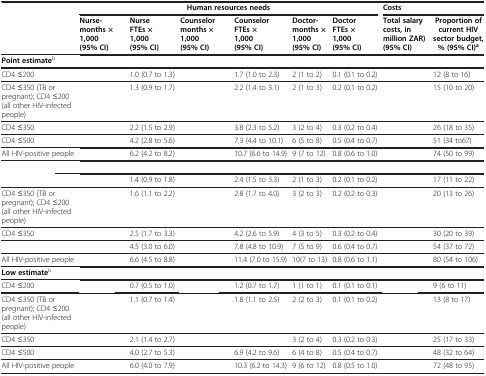
<table><thead><tr><td rowspan="2">[EMPTY_CELL]</td><td colspan="6"><b>Human resources needs</b></td><td colspan="2"><b>Costs</b></td></tr><tr><td><b>Nurse- months × 1,000 (95% CI)</b></td><td><b>Nurse FTEs × 1,000 (95% CI)</b></td><td><b>Counselor months × 1,000 (95% CI)</b></td><td><b>Counselor FTEs × 1,000 (95% CI)</b></td><td><b>Doctor- months × 1,000 (95% CI)</b></td><td><b>Doctor FTEs × 1,000 (95% CI)</b></td><td><b>Total salary costs, in million ZAR) (95% CI)</b></td><td><b>Proportion of current HIV sector budget, % (95% CI)<sup>a</sup></b></td></tr></thead><tbody><tr><td><b>Point estimate</b><sup>b</sup></td><td>[EMPTY_CELL]</td><td>[EMPTY_CELL]</td><td>[EMPTY_CELL]</td><td>[EMPTY_CELL]</td><td>[EMPTY_CELL]</td><td>[EMPTY_CELL]</td><td>[EMPTY_CELL]</td><td>[EMPTY_CELL]</td></tr><tr><td>CD4 ≤200</td><td>[EMPTY_CELL]</td><td>1.0 (0.7 to 1.3)</td><td>[EMPTY_CELL]</td><td>1.7 (1.0 to 2.3)</td><td>2 (1 to 2)</td><td>0.1 (0.1 to 0.2)</td><td>[EMPTY_CELL]</td><td>12 (8 to 16)</td></tr><tr><td>CD4 ≤350 (TB or pregnant); CD4 ≤200 (all other HIV-infected people)</td><td>[EMPTY_CELL]</td><td>1.3 (0.9 to 1.7)</td><td>[EMPTY_CELL]</td><td>2.2 (1.4 to 3.1)</td><td>2 (1 to 3)</td><td>0.2 (0.1 to 0.2)</td><td>[EMPTY_CELL]</td><td>15 (10 to 20)</td></tr><tr><td>CD4 ≤350</td><td>[EMPTY_CELL]</td><td>2.2 (1.5 to 2.9)</td><td>[EMPTY_CELL]</td><td>3.8 (2.3 to 5.2)</td><td>3 (2 to 4)</td><td>0.3 (0.2 to 0.4)</td><td>[EMPTY_CELL]</td><td>26 (18 to 35)</td></tr><tr><td>CD4 ≤500</td><td>[EMPTY_CELL]</td><td>4.2 (2.8 to 5.6)</td><td>[EMPTY_CELL]</td><td>7.3 (4.4 to 10.1)</td><td>6 (5 to 8)</td><td>0.5 (0.4 to 0.7)</td><td>[EMPTY_CELL]</td><td>51 (34 to67)</td></tr><tr><td>All HIV-positive people</td><td>[EMPTY_CELL]</td><td>6.2 (4.2 to 8.2)</td><td>[EMPTY_CELL]</td><td>10.7 (6.6 to 14.9)</td><td>9 (7 to 12)</td><td>0.8 (0.6 to 1.0)</td><td>[EMPTY_CELL]</td><td>74 (50 to 99)</td></tr><tr><td>[EMPTY_CELL]</td><td>[EMPTY_CELL]</td><td>[EMPTY_CELL]</td><td>[EMPTY_CELL]</td><td>[EMPTY_CELL]</td><td>[EMPTY_CELL]</td><td>[EMPTY_CELL]</td><td>[EMPTY_CELL]</td><td>[EMPTY_CELL]</td></tr><tr><td>[EMPTY_CELL]</td><td>[EMPTY_CELL]</td><td>1.4 (0.9 to 1.8)</td><td>[EMPTY_CELL]</td><td>2.4 (1.5 to 3.3)</td><td>2 (1 to 3)</td><td>0.2 (0.1 to 0.2)</td><td>[EMPTY_CELL]</td><td>17 (11 to 22)</td></tr><tr><td>CD4 ≤350 (TB or pregnant); CD4 ≤200 (all other HIV-infected people)</td><td>[EMPTY_CELL]</td><td>1.6 (1.1 to 2.2)</td><td>[EMPTY_CELL]</td><td>2.8 (1.7 to 4.0)</td><td>3 (2 to 3)</td><td>0.2 (0.2 to 0.3)</td><td>[EMPTY_CELL]</td><td>20 (13 to 26)</td></tr><tr><td>CD4 ≤350</td><td>[EMPTY_CELL]</td><td>2.5 (1.7 to 3.3)</td><td>[EMPTY_CELL]</td><td>4.2 (2.6 to 5.9)</td><td>4 (3 to 5)</td><td>0.3 (0.2 to 0.4)</td><td>[EMPTY_CELL]</td><td>30 (20 to 39)</td></tr><tr><td>[EMPTY_CELL]</td><td>[EMPTY_CELL]</td><td>4.5 (3.0 to 6.0)</td><td>[EMPTY_CELL]</td><td>7.8 (4.8 to 10.9)</td><td>7 (5 to 9)</td><td>0.6 (0.4 to 0.7)</td><td>[EMPTY_CELL]</td><td>54 (37 to 72)</td></tr><tr><td>All HIV-positive people</td><td>[EMPTY_CELL]</td><td>6.6 (4.5 to 8.8)</td><td>[EMPTY_CELL]</td><td>11.4 (7.0 to 15.9)</td><td>10(7 to 13)</td><td>0.8 (0.6 to 1.1)</td><td>[EMPTY_CELL]</td><td>80 (54 to 106)</td></tr><tr><td><b>Low estimate</b><sup>b</sup></td><td>[EMPTY_CELL]</td><td>[EMPTY_CELL]</td><td>[EMPTY_CELL]</td><td>[EMPTY_CELL]</td><td>[EMPTY_CELL]</td><td>[EMPTY_CELL]</td><td>[EMPTY_CELL]</td><td>[EMPTY_CELL]</td></tr><tr><td>CD4 ≤200</td><td>[EMPTY_CELL]</td><td>0.7 (0.5 to 1.0)</td><td>[EMPTY_CELL]</td><td>1.2 (0.7 to 1.7)</td><td>1 (1 to 1)</td><td>0.1 (0.1 to 0.1)</td><td>[EMPTY_CELL]</td><td>9 (6 to 11)</td></tr><tr><td>CD4 ≤350 (TB or pregnant); CD4 ≤200 (all other HIV-infected people)</td><td>[EMPTY_CELL]</td><td>1.1 (0.7 to 1.4)</td><td>[EMPTY_CELL]</td><td>1.8 (1.1 to 2.5)</td><td>2 (2 to 3)</td><td>0.1 (0.1 to 0.2)</td><td>[EMPTY_CELL]</td><td>13 (8 to 17)</td></tr><tr><td>CD4 ≤350</td><td>[EMPTY_CELL]</td><td>2.1 (1.4 to 2.7)</td><td>[EMPTY_CELL]</td><td>[EMPTY_CELL]</td><td>3 (2 to 4)</td><td>0.3 (0.2 to 0.3)</td><td>[EMPTY_CELL]</td><td>25 (17 to 33)</td></tr><tr><td>CD4 ≤500</td><td>[EMPTY_CELL]</td><td>4.0 (2.7 to 5.3)</td><td>[EMPTY_CELL]</td><td>6.9 (4.2 to 9.6)</td><td>6 (4 to 8)</td><td>0.5 (0.4 to 0.7)</td><td>[EMPTY_CELL]</td><td>48 (32 to 64)</td></tr><tr><td>All HIV-positive people</td><td>[EMPTY_CELL]</td><td>6.0 (4.0 to 7.9)</td><td>[EMPTY_CELL]</td><td>10.3 (6.2 to 14.3)</td><td>9 (6 to 12)</td><td>0.8 (0.5 to 1.0)</td><td>[EMPTY_CELL]</td><td>72 (48 to 95)</td></tr></tbody></table>